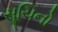
સૂચિનો